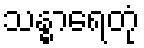
သန္ဓာရေတုံ